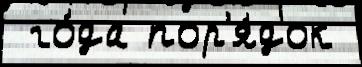
 го́да пор'я́док